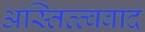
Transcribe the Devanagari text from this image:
अस्तित्त्ववाद